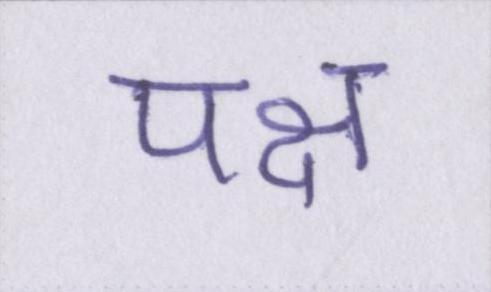
पक्ष